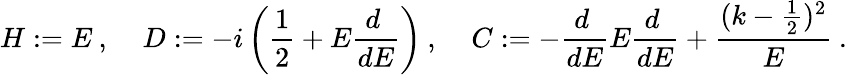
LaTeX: H:=E\: ,\: \: \: \: \: D:=-i\left(\frac{1}{2}+E\frac{d\: }{dE}\right)\: ,\: \: \: \: \: C:=-\frac{d\: }{dE}E\frac{d\: }{dE}+\frac{(k-\frac{1}{2})^{2}}{E}\: .